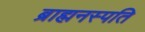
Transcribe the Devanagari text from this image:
ब्राह्मनस्पति